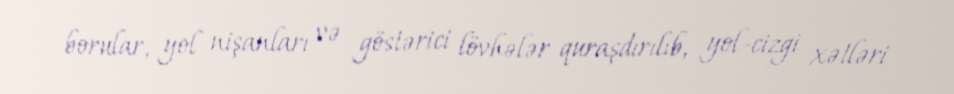
borular, yol nişanları və göstərici lövhələr quraşdırılıb, yol-cizgi xətləri